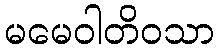
မမေဝါတိဝသာ